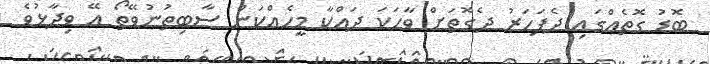
ބޮޑު ގޮތެއްގައި ދެފަހަރު ދެގޮތަށް ވާހަކަ ދައްކާ މީހެއްކަން ސާބިތުނުވޭތޯ އޭ ވިދާޅުވެ